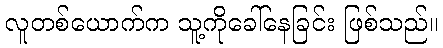
လူတစ်ယောက်က သူ့ကိုခေါ်နေခြင်း ဖြစ်သည်။